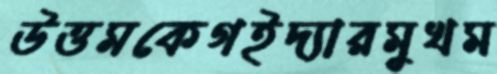
উত্তমকেগইদ্যারমুখম